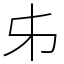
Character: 𠂔